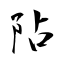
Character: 阽